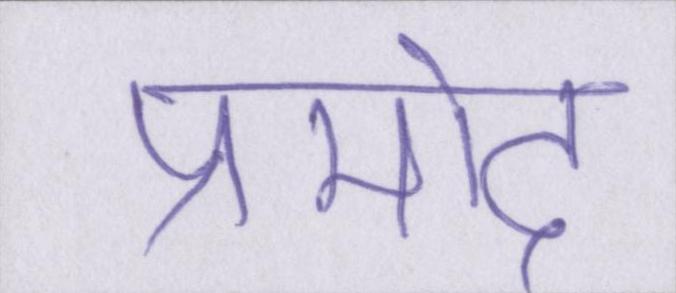
प्रमोद